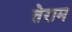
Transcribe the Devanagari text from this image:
तेराम